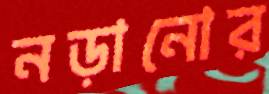
নড়ানোর